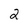
Character: 2